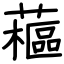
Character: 藲